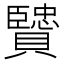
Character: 贒